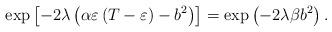
LaTeX: \begin{align*}\exp \left[ -2\lambda \left( \alpha \varepsilon \left( T-\varepsilon \right)-b^{2}\right) \right] =\exp \left( -2\lambda \beta b^{2}\right) .\end{align*}